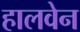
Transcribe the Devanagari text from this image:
हालवेन